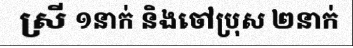
ស្រី ១នាក់ និងចៅប្រុស ២នាក់